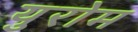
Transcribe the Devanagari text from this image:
युरोम